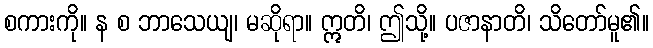
စကားကို။ န စ ဘာသေယျ၊ မဆိုရာ။ ဣတိ၊ ဤသို့။ ပဇာနာတိ၊ သိတော်မူ၏။